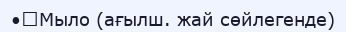
•	Мыло (ағылш. жай сөйлегенде)